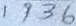
1 9 3 6